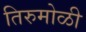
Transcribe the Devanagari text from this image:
तिरुमोळी